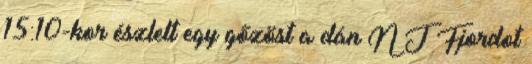
15:10-kor észlelt egy gőzöst a dán N J Fjordot